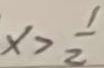
x > \frac { 1 } { 2 }